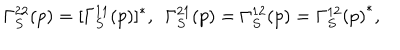
LaTeX: \Gamma _ { S } ^ { 2 2 } ( p ) = [ \Gamma _ { S } ^ { 1 1 } ( p ) ] ^ { * } , \ \ \Gamma _ { S } ^ { 2 1 } ( p ) = \Gamma _ { S } ^ { 1 2 } ( p ) = { \Gamma _ { S } ^ { 1 2 } ( p ) } ^ { * } ,